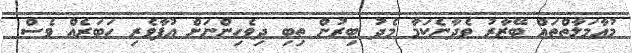
މުއާމަލާތްތައް ބޭޒާރު ވެދާނެކަމާ މެދު ބިރުން ތިބި ދިވެހިންނަށް އުފާވެރި ހަބަރެއް ވެސް